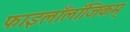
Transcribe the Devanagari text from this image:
फाइलाँलाँजिकम्